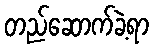
တည်ဆောက်ခဲ့ရာ